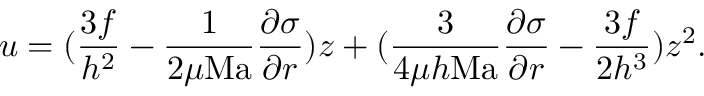
u = ( \frac { 3 f } { h ^ { 2 } } - \frac { 1 } { 2 \mu \mathrm { M a } } \frac { \partial \sigma } { \partial r } ) z + ( \frac { 3 } { 4 \mu h \mathrm { M a } } \frac { \partial \sigma } { \partial r } - \frac { 3 f } { 2 h ^ { 3 } } ) z ^ { 2 } .